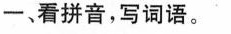
一、看拼音，写词语。